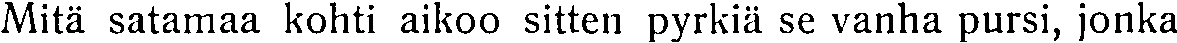
Mitä satamaa kohti aikoo sitten pyrkiä se vanha pursi, jonka